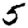
Digit: 5